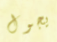
يجول